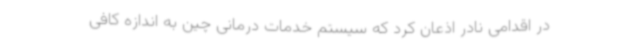
در اقدامی نادر اذعان کرد که سیستم خدمات درمانی چین به اندازه کافی